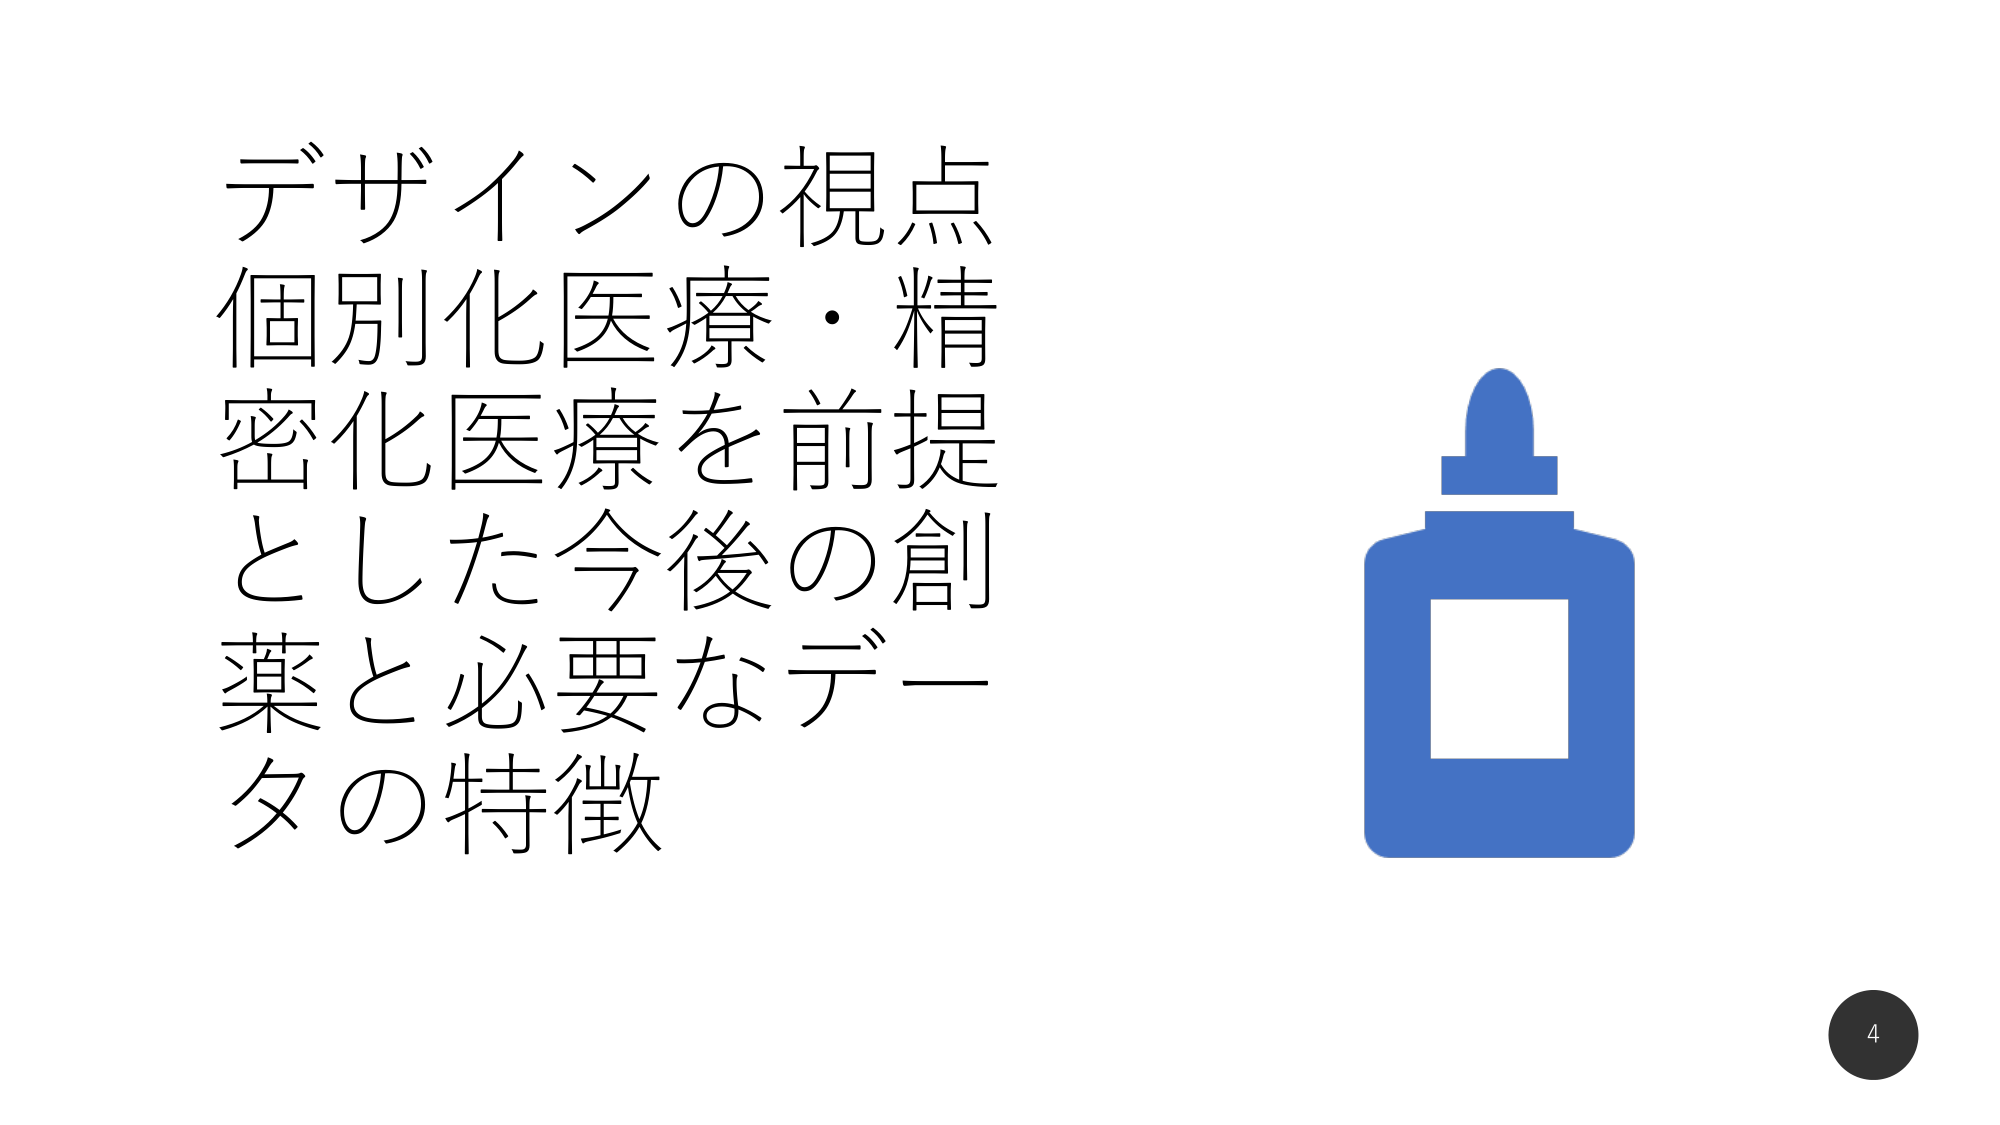
デザインの視点
個別化医療・精密化医療を前提とした今後の創薬と必要なデータの特徴

4